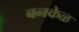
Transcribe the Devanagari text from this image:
बनकेळ